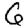
Digit: 6